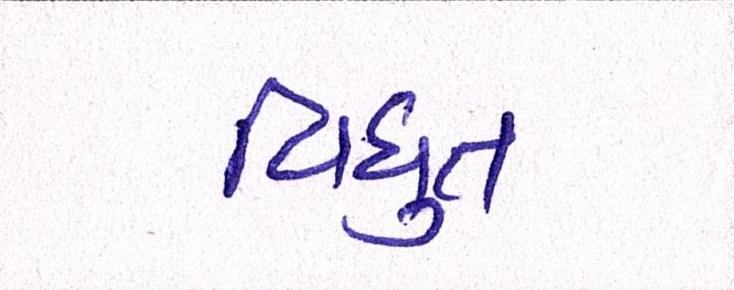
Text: વિધુત